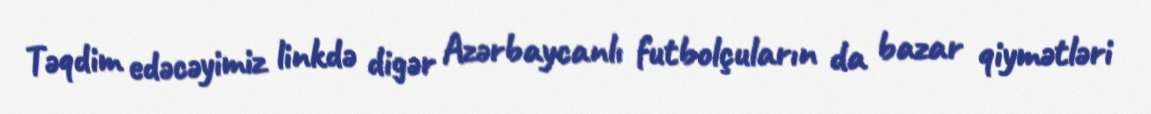
Təqdim edəcəyimiz linkdə digər Azərbaycanlı futbolçuların da bazar qiymətləri